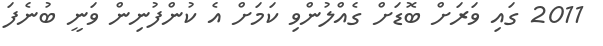
2011 ގައި ވަރަށް ބޮޑަށް ގެއްލުންވި ކަމަށް އެ ކުންފުނިން ވަނީ ބުނެފަ